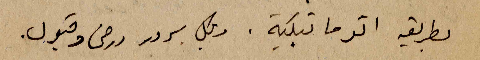
بطريقة اوتوماتيكية . وبكل سرور ورضى وقبول